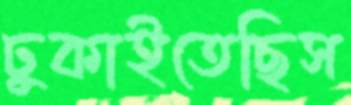
ঢুকাইতেছিস